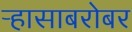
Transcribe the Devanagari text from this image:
ऱ्हासाबरोबर